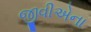
જીવીએના